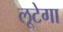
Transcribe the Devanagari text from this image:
लूटेगा